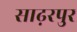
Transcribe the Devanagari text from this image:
साढ़रपुर